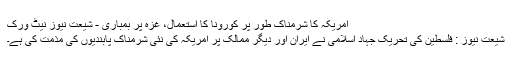
امریکہ کا شرمناک طور پر کورونا کا استعمال، غزہ پر بمباری - شیعت نیوز نیٹ ورک
شیعت نیوز : فلسطین کی تحریک جہاد اسلامی نے ایران اور دیگر ممالک پر امریکہ کی نئی شرمناک پابندیوں کی مذمت کی ہے۔